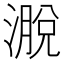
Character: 𪷄